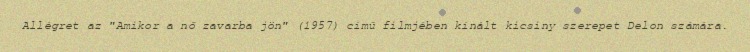
Allégret az "Amikor a nő zavarba jön" (1957) című filmjében kínált kicsiny szerepet Delon számára.